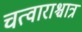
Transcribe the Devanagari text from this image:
चत्वाराश्चात्र